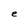
Character: e